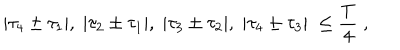
| { \tau } _ { 4 } \pm { \tau } _ { 1 } | , \; | { \tau } _ { 2 } \pm { \tau } _ { 1 } | , \; | { \tau } _ { 3 } \pm { \tau } _ { 2 } | , \; | { \tau } _ { 4 } \pm { \tau } _ { 3 } | \; \leq \frac { T } { 4 } \; ,